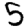
Digit: 5